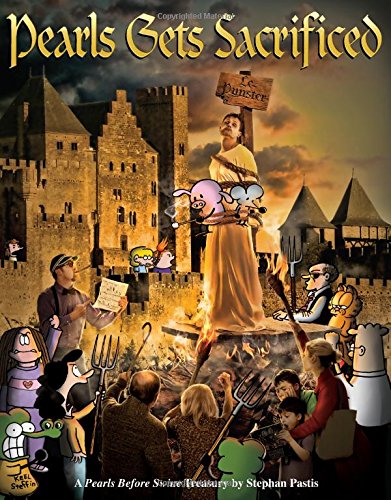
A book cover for Pearls Gets Sacrificed: A Pearls Before Swine Treasury; Stephan Pastis; Comics & Graphic Novels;